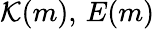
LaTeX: \mathcal{K}(m),\, E(m)